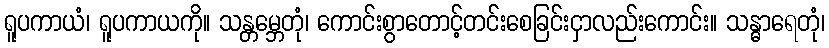
ရူပကာယံ၊ ရူပကာယကို။ သန္တမ္ဘေတုံ၊ ကောင်းစွာတောင့်တင်းစေခြင်းငှာလည်းကောင်း။ သန္ဓာရေတုံ၊